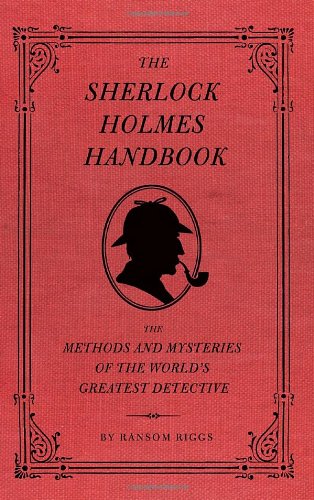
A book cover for The Sherlock Holmes Handbook; Ransom Riggs; Mystery, Thriller & Suspense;